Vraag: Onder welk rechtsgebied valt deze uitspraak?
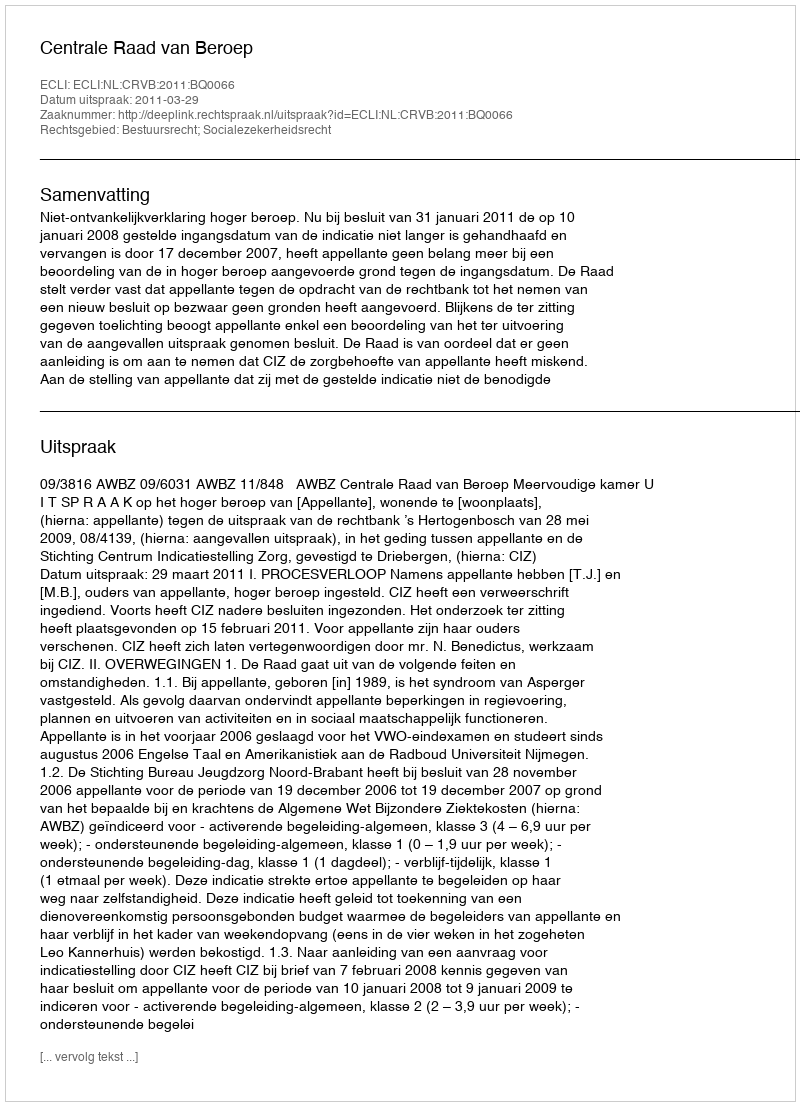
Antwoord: Bestuursrecht; Socialezekerheidsrecht